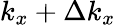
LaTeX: k_{x}+\Delta k_{x}